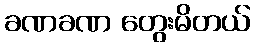
ခဏခဏ တွေးမိတယ်